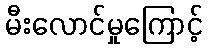
မီးလောင်မှုကြောင့်